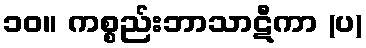
၁၀။ ကစ္စည်းဘာသာဋီကာ (ပ)